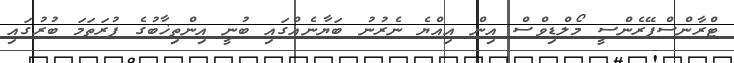
ޓްރާންސްޕޭރެންސީ މޯލްޑިވްސް އިން އިއްޔެ ނެރުނު ބަޔާނެއްގައި ބުނީ އިންތިޚާބުގެ ފުރަތަމަ ބުރުގައި